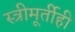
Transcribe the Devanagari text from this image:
स्त्रीमूर्तीही